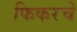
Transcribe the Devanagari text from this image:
फिकरचे